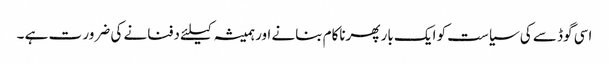
اسی گوڈ سے کی سیاست کو ایک بار پھرناکام بنانے اور ہمیشہ کیلئے دفنانے کی ضرور ت ہے ۔